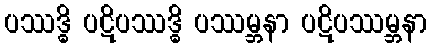
ပဿဒ္ဓိ ပဋိပဿဒ္ဓိ ပဿမ္ဘနာ ပဋိပဿမ္ဘနာ